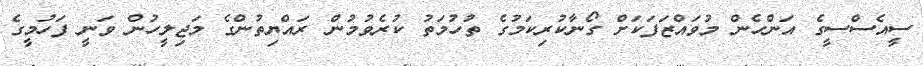
ސީއެސްސީގެ އަންހެން މުވައްޒަފަކަށް ގޯނާކުރިކަމުގެ ތުހުމަތު ކުރެވުމުން ރައްޔިތުންގެ މަޖިލީހުން ވަނީ ފަހުމީގެ